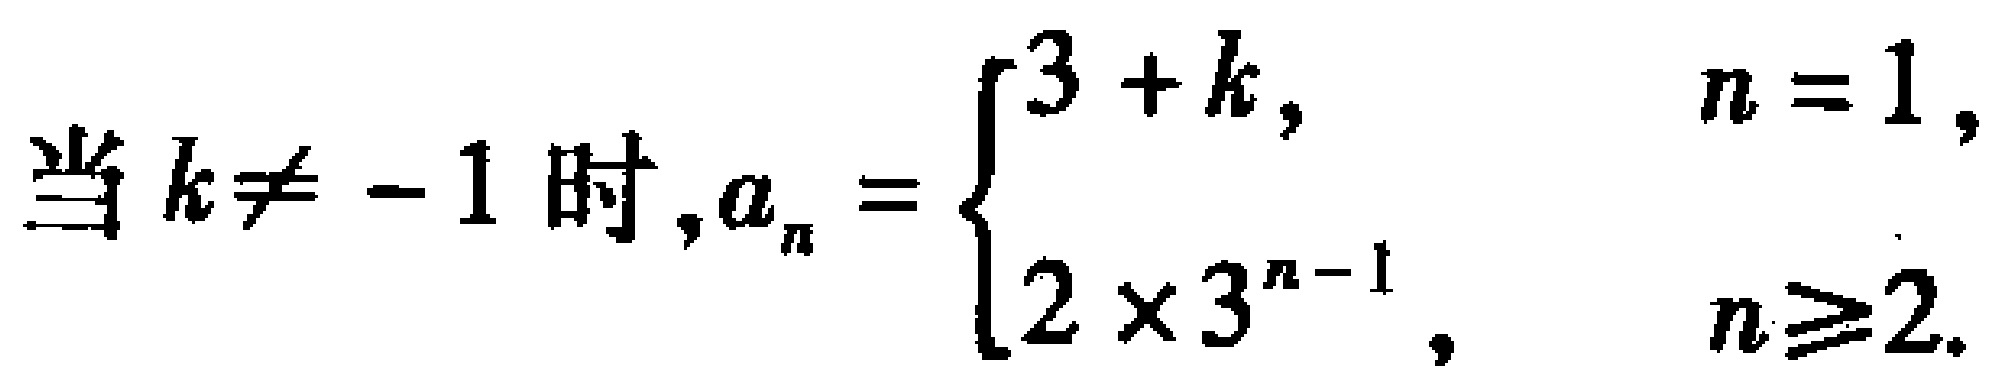
当 \(k\neq -1\) 时，\(a_{n} = \begin{cases}3 + k, & n = 1,\\2\times3^{n - 1}, & n\geq2.\end{cases}\)